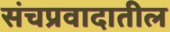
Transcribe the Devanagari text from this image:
संचप्रवादातील